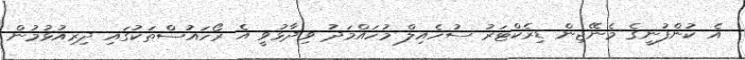
އެ ކުންފުނީގެ މެނޭޖިން ޑިރެކްޓަރު ސުހެއިލް މުހައްމަދު ވިދާޅުވީ އެ ރޯހައުސްތަކުގައި ދިރިއުޅުމުން